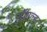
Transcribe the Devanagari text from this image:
डॉगल्ड